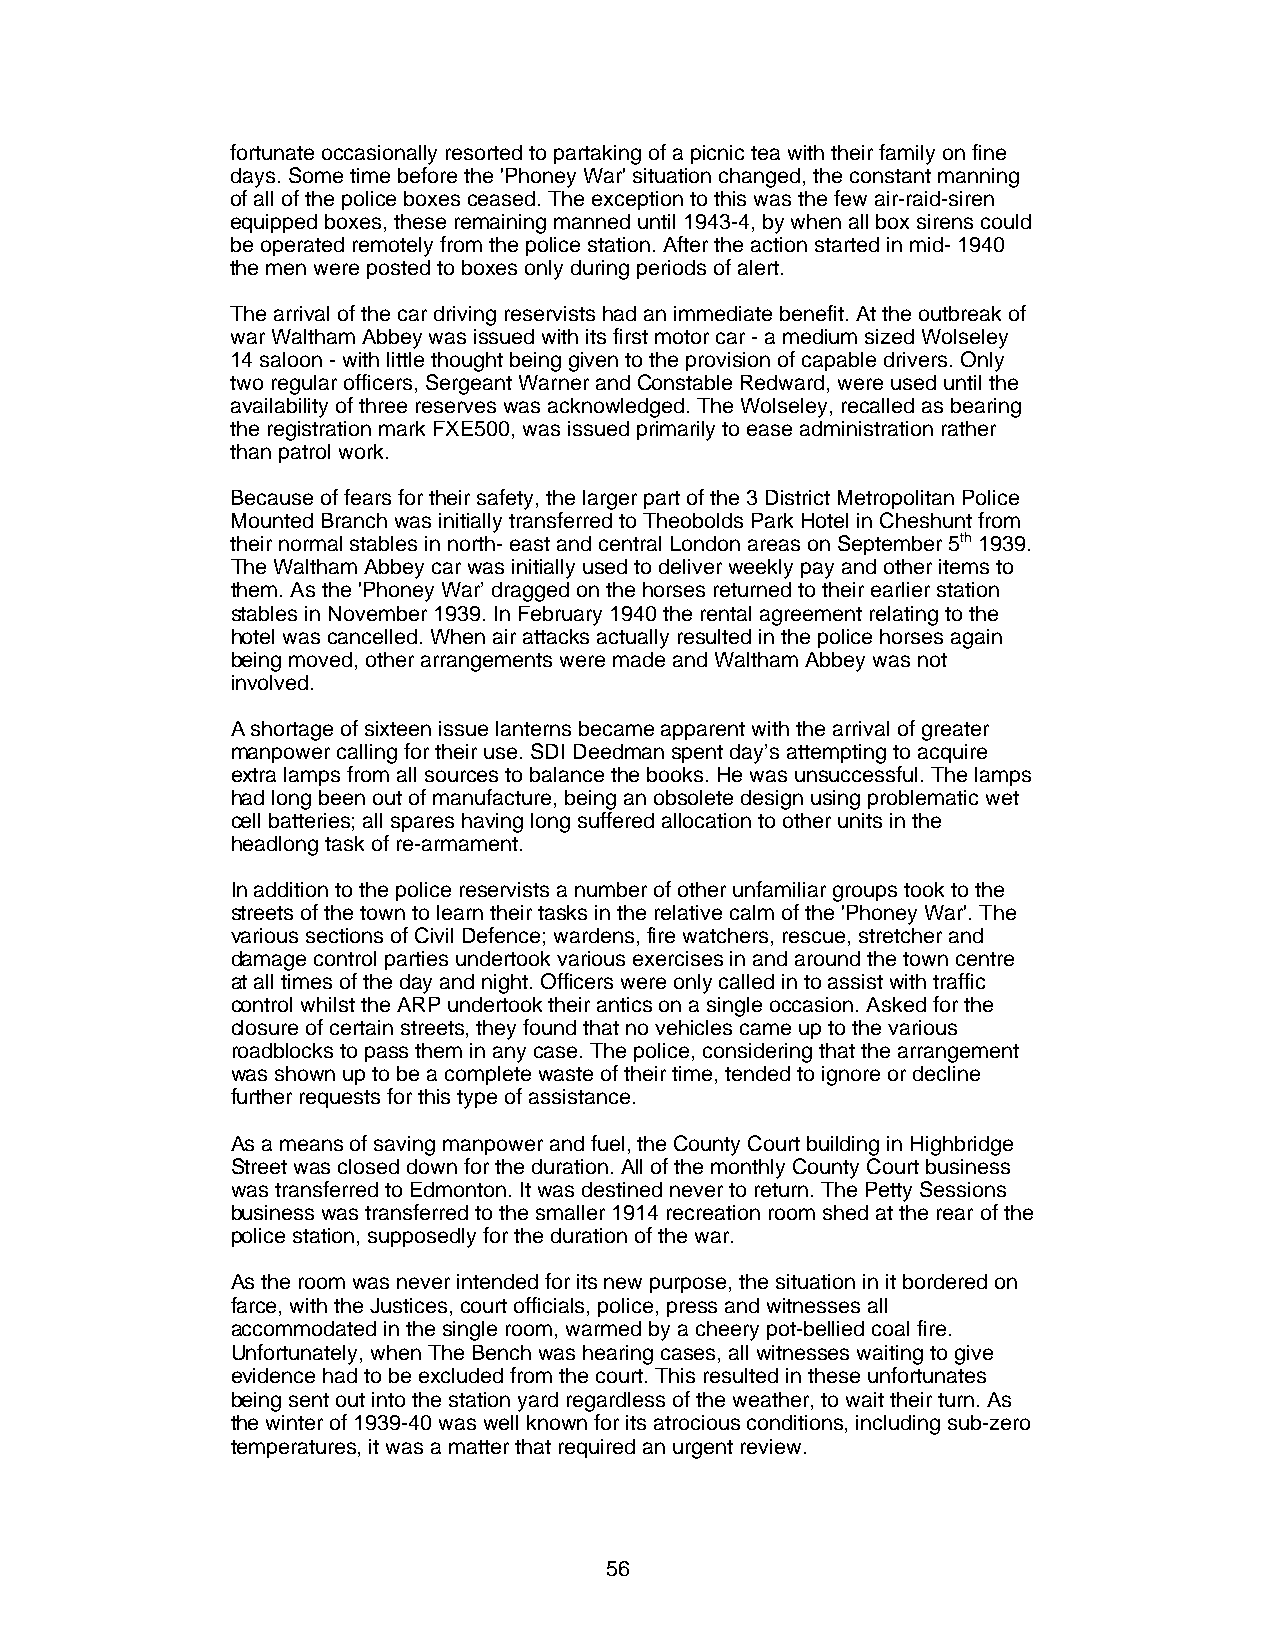
fortunate occasionally resorted to partaking of a picnic tea with their family on fine
 days. Some time before the 'Phoney War' situation changed, the constant manning
 of all of the police boxes ceased. The exception to this was the few air-raid-siren
 equipped boxes, these remaining manned until 1943-4, by when all box sirens could
 be operated remotely from the police station. After the action started in mid- 1940
 the men were posted to boxes only during periods of alert.
 The arrival of the car driving reservists had an immediate benefit. At the outbreak of
 war Waltham Abbey was issued with its first motor car - a medium sized Wolseley
 14 saloon - with little thought being given to the provision of capable drivers. Only
 two regular officers, Sergeant Warner and Constable Redward, were used until the
 availability of three reserves was acknowledged. The Wolseley, recalled as bearing
 the registration mark FXE500, was issued primarily to ease administration rather
 than patrol work.
 Because of fears for their safety, the larger part of the 3 District Metropolitan Police
 Mounted Branch was initially transferred to Theobolds Park Hotel in Cheshunt from
 their normal stables in north- east and central London areas on September 5th 1939.
 The Waltham Abbey car was initially used to deliver weekly pay and other items to
 them. As the 'Phoney War’ dragged on the horses returned to their earlier station
 stables in November 1939. In February 1940 the rental agreement relating to the
 hotel was cancelled. When air attacks actually resulted in the police horses again
 being moved, other arrangements were made and Waltham Abbey was not
 involved.
 A shortage of sixteen issue lanterns became apparent with the arrival of greater
 manpower calling for their use. SDI Deedman spent day’s attempting to acquire
 extra lamps from all sources to balance the books. He was unsuccessful. The lamps
 had long been out of manufacture, being an obsolete design using problematic wet
 cell batteries; all spares having long suffered allocation to other units in the
 headlong task of re-armament.
 In addition to the police reservists a number of other unfamiliar groups took to the
 streets of the town to learn their tasks in the relative calm of the 'Phoney War'. The
 various sections of Civil Defence; wardens, fire watchers, rescue, stretcher and
 damage control parties undertook various exercises in and around the town centre
 at all times of the day and night. Officers were only called in to assist with traffic
 control whilst the ARP undertook their antics on a single occasion. Asked for the
 closure of certain streets, they found that no vehicles came up to the various
 roadblocks to pass them in any case. The police, considering that the arrangement
 was shown up to be a complete waste of their time, tended to ignore or decline
 further requests for this type of assistance.
 As a means of saving manpower and fuel, the County Court building in Highbridge
 Street was closed down for the duration. All of the monthly County Court business
 was transferred to Edmonton. It was destined never to return. The Petty Sessions
 business was transferred to the smaller 1914 recreation room shed at the rear of the
 police station, supposedly for the duration of the war.
 As the room was never intended for its new purpose, the situation in it bordered on
 farce, with the Justices, court officials, police, press and witnesses all
 accommodated in the single room, warmed by a cheery pot-bellied coal fire.
 Unfortunately, when The Bench was hearing cases, all witnesses waiting to give
 evidence had to be excluded from the court. This resulted in these unfortunates
 being sent out into the station yard regardless of the weather, to wait their turn. As
 the winter of 1939-40 was well known for its atrocious conditions, including sub-zero
 temperatures, it was a matter that required an urgent review.
 56